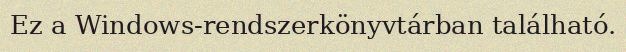
Ez a Windows-rendszerkönyvtárban található.